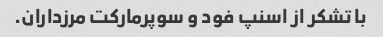
با تشکر از اسنپ فود و سوپرمارکت مرزداران.